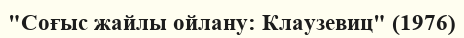
"Соғыс жайлы ойлану: Клаузевиц" (1976)